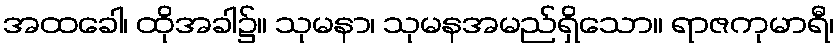
အထခေါ၊ ထိုအခါ၌။ သုမနာ၊ သုမနအမည်ရှိသော။ ရာဇကုမာရီ၊